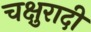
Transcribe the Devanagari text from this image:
चक्षुरादी